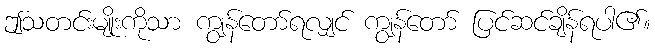
ဤသတင်းမျိုးကိုသာ ကျွန်တော်ရလျှင် ကျွန်တော် ပြင်ဆင်ချိန်ရပါ၏။